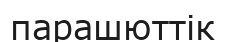
парашюттік